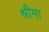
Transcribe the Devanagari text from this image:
श्रीमा